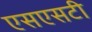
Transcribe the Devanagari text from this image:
एसएसटी